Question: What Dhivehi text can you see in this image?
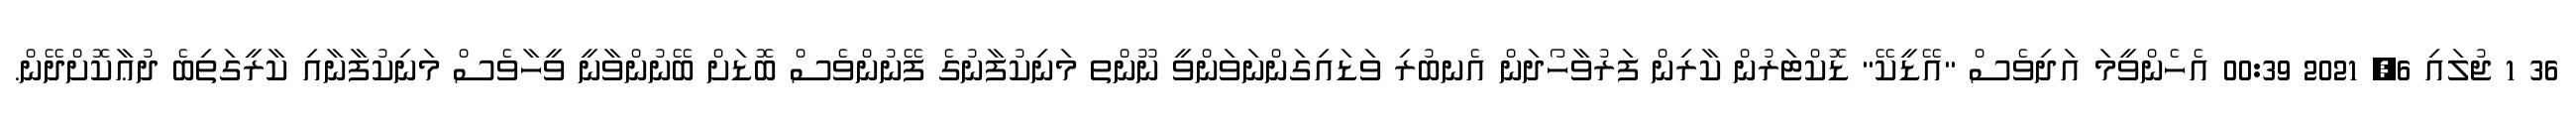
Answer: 36 1 ޖުލައި 6, 2021 00:39 އެހެންވީމަ އަދިވެސް "އޭޑީކޭ" ޑޮކްޓަރުން ކާރިން ފަރުވާހޯދަން އެނބުރި ވަޑައިގަންނަވަންވީ ނޫންތ މަނިކުފާނުގެ ފޭނުންވެސް ބޮޑަށް ބޭނުންވާނީ ވީހާވެސް މަނިކުފާނާއި ކާރީގަތިބެ ދުޢާކޮށްދޭން.